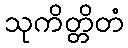
သုကိတ္တိတံ